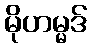
မိုဟမ္မဒ်